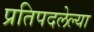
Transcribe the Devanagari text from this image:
प्रतिपदलेल्या